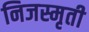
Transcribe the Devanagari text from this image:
निजस्मृती